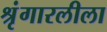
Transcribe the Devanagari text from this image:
श्रृंगारलीला